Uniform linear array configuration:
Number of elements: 8
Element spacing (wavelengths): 0.75
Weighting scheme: blackman
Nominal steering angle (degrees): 0
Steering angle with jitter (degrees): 1.656
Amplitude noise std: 0.05
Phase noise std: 0.05

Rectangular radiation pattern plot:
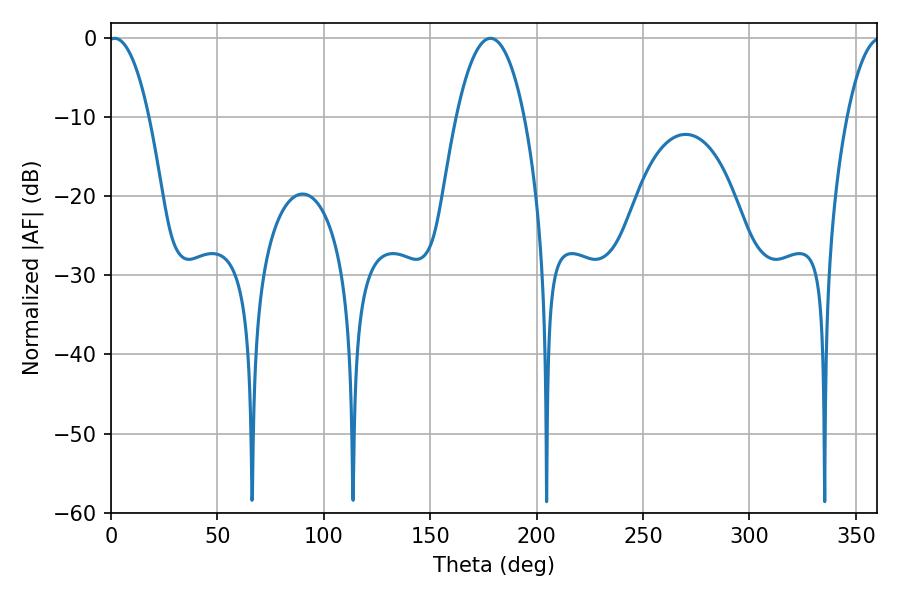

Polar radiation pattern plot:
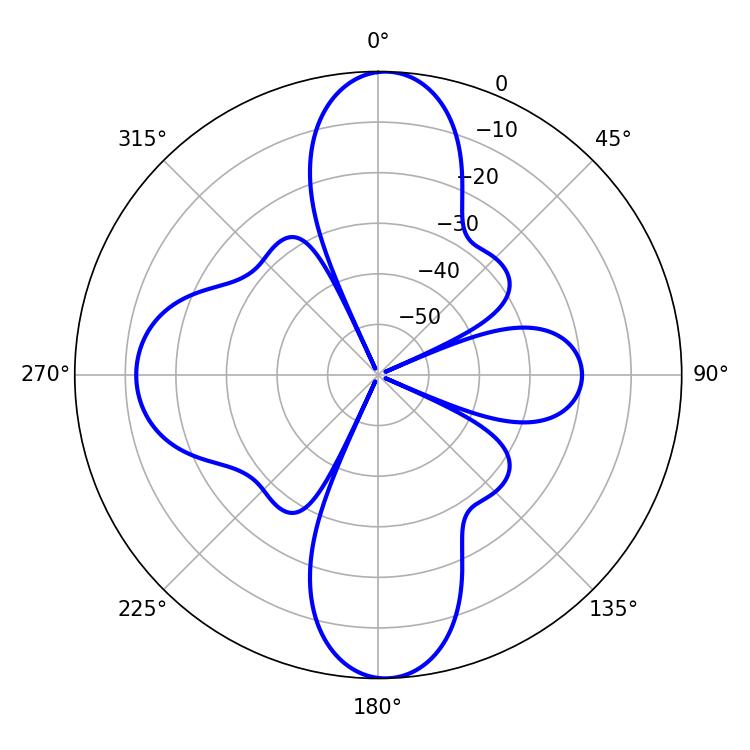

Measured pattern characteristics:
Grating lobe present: TRUE
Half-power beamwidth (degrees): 10.62
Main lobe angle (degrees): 1.62